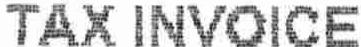
TAX INVOICE